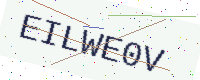
Text: EILWE0V